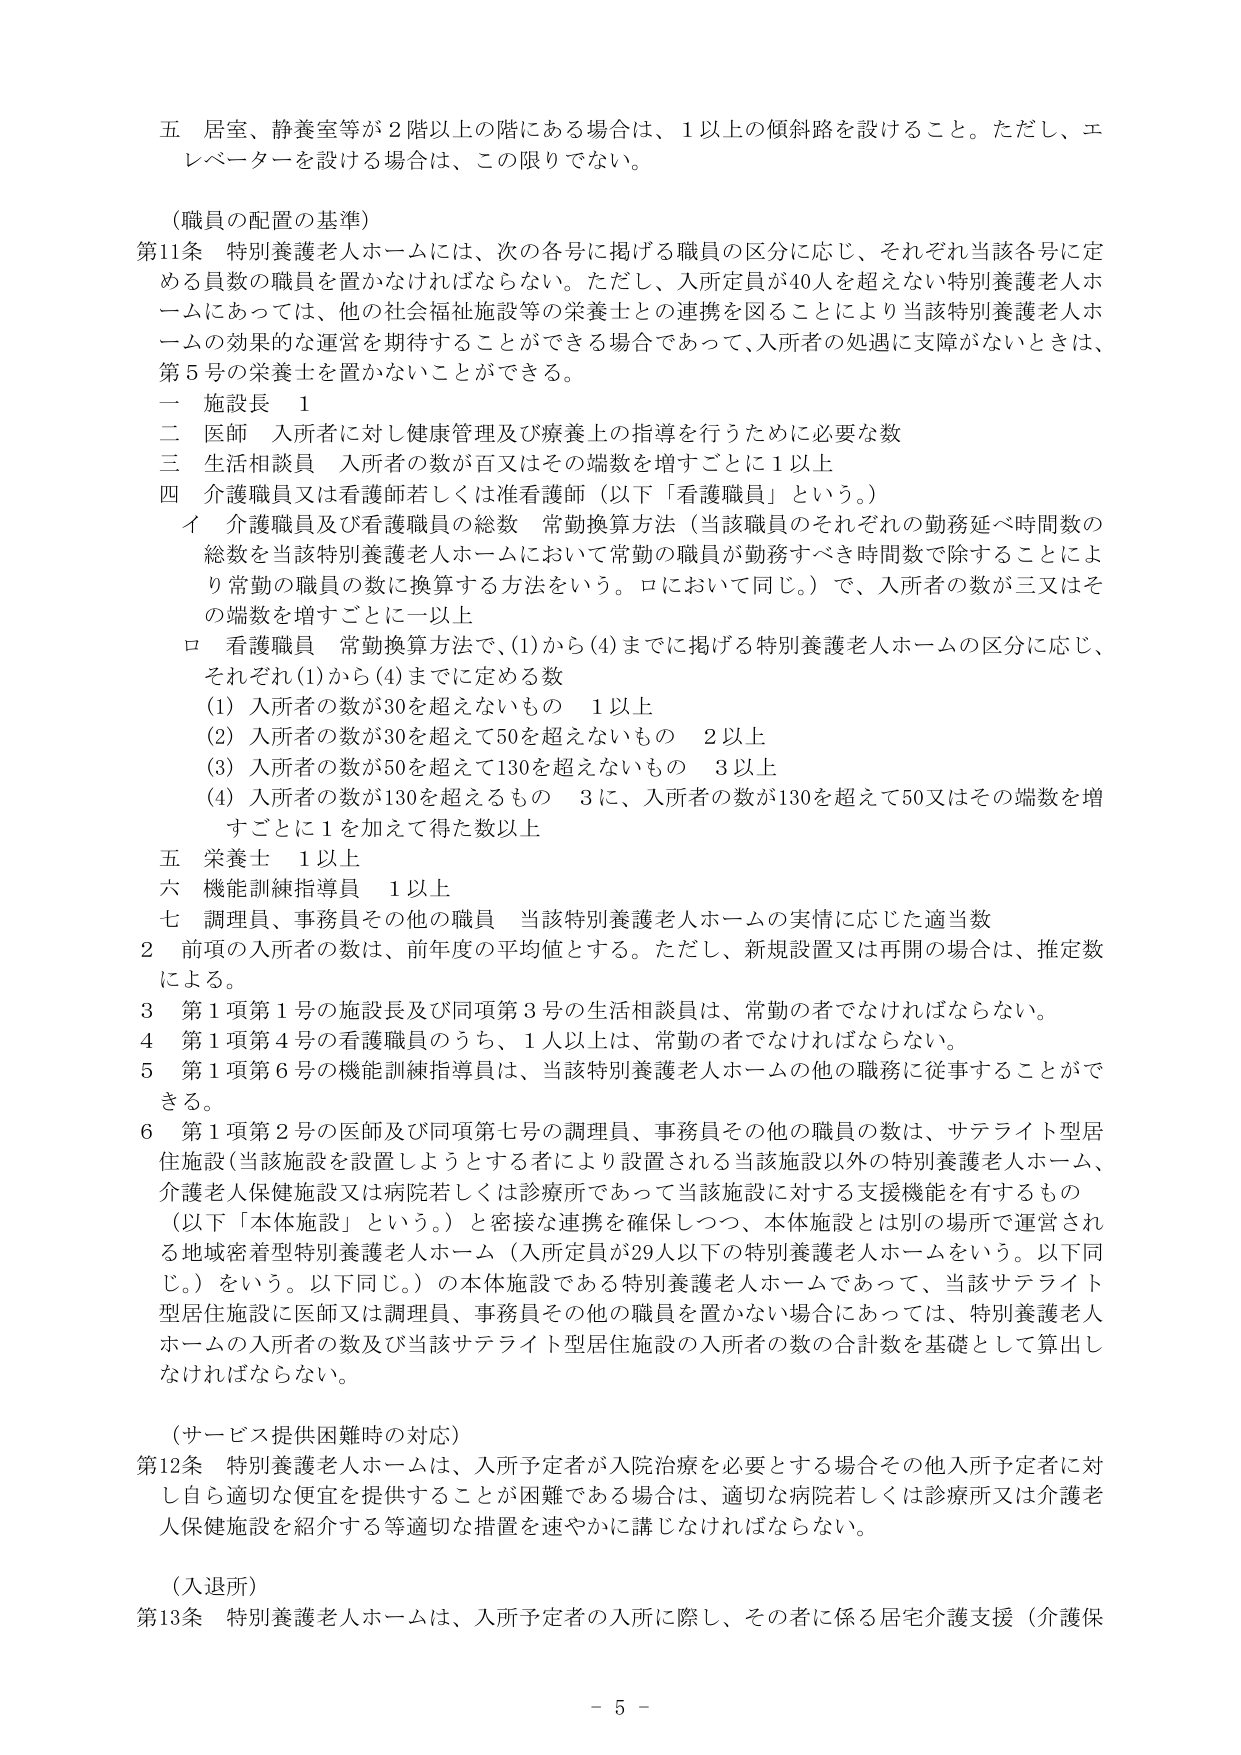
五 居室、静養室等が２階以上の階にある場合は、１以上の傾斜路を設けること。ただし、エレベーターを設ける場合は、この限りでない。

（職員の配置の基準）

第11条 特別養護老人ホームには、次の各号に掲げる職員の区分に応じ、それぞれ当該各号に定める員数の職員を置かなければならない。ただし、入所定員が40人を超えない特別養護老人ホームにあっては、他の社会福祉施設等の栄養士との連携を図ることにより当該特別養護老人ホームの効果的な運営を期待することができる場合であって、入所者の処遇に支障がないときは、第5号の栄養士を置かないことができる。

一 施設長 1

二 医師 入所者に対し健康管理及び療養上の指導を行うために必要な数

三 生活相談員 入所者の数が百又はその端数を増すごとに1以上

四 介護職員又は看護師若しくは准看護師（以下「看護職員」という。）

　イ 介護職員及び看護職員の総数 常勤換算方法（当該職員のそれぞれの勤務延べ時間数の総数を当該特別養護老人ホームにおいて常勤の職員が勤務すべき時間数で除することにより常勤の職員の数に換算する方法をいう。ロにおいて同じ。）で、入所者の数が三又はその端数を増すごとに一以上

　ロ 看護職員 常勤換算方法で、(1)から(4)までに掲げる特別養護老人ホームの区分に応じ、それぞれ(1)から(4)までに定める数

　　(1) 入所者の数が30を超えないもの 1以上

　　(2) 入所者の数が30を超えて50を超えないもの 2以上

　　(3) 入所者の数が50を超えて130を超えないもの 3以上

　　(4) 入所者の数が130を超えるもの 3に、入所者の数が130を超えて50又はその端数を増すごとに1を加えて得た数以上

五 栄養士 1以上

六 機能訓練指導員 1以上

七 調理員、事務員その他の職員 当該特別養護老人ホームの実情に応じた適当数

2 前項の入所者の数は、前年度の平均値とする。ただし、新規設置又は再開の場合は、推定数による。

3 第1項第1号の施設長及び同項第3号の生活相談員は、常勤の者でなければならない。

4 第1項第4号の看護職員のうち、1人以上は、常勤の者でなければならない。

5 第1項第6号の機能訓練指導員は、当該特別養護老人ホームの他の職務に従事することができる。

6 第1項第2号の医師及び同項第七号の調理員、事務員その他の職員の数は、サテライト型居住施設（当該施設を設置しようとする者により設置される当該施設以外の特別養護老人ホーム、介護老人保健施設又は病院若しくは診療所であって当該施設に対する支援機能を有するもの（以下「本体施設」という。）と密接な連携を確保しつつ、本体施設とは別の場所で運営される地域密着型特別養護老人ホーム（入所定員が29人以下の特別養護老人ホームをいう。以下同じ。）をいう。以下同じ。）の本体施設である特別養護老人ホームであって、当該サテライト型居住施設に医師又は調理員、事務員その他の職員を置かない場合にあっては、特別養護老人ホームの入所者の数及び当該サテライト型居住施設の入所者の数の合計数を基礎として算出しなければならない。

（サービス提供困難時の対応）

第12条 特別養護老人ホームは、入所予定者が入院治療を必要とする場合その他入所予定者に対し自ら適切な便宜を提供することが困難である場合は、適切な病院若しくは診療所又は介護老人保健施設を紹介する等適切な措置を速やかに講じなければならない。

（入退所）

第13条 特別養護老人ホームは、入所予定者の入所に際し、その者に係る居宅介護支援（介護保

- 5 -